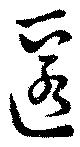
匿